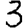
Digit: 3